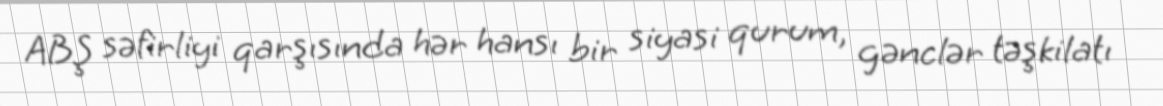
ABŞ səfirliyi qarşısında hər hansı bir siyasi qurum, gənclər təşkilatı